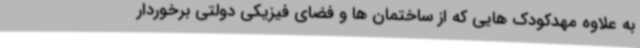
به علاوه مهدکودک هایی که از ساختمان ها و فضای فیزیکی دولتی برخوردار